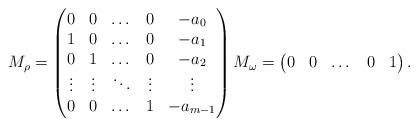
LaTeX: \begin{align*} M_{\rho}=\begin{pmatrix} 0 & 0 &\dots &0 &-a_0\\ 1 & 0 &\dots &0 &-a_1\\ 0 & 1 &\dots &0 &-a_2\\ \vdots &\vdots &\ddots &\vdots &\vdots\\ 0 & 0 &\dots &1 &-a_{m-1} \end{pmatrix} M_{\omega}=\begin{pmatrix} 0 &0 &\dots &0 &1 \end{pmatrix}. \end{align*}